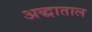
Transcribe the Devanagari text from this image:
अद्धाताल